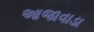
આજાવાડા